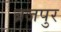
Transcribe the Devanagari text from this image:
ब्रजपुर